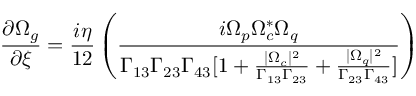
\frac { \partial \Omega _ { g } } { \partial \xi } = \frac { i \eta } { 1 2 } \left( \frac { i \Omega _ { p } \Omega _ { c } ^ { * } \Omega _ { q } } { \Gamma _ { 1 3 } \Gamma _ { 2 3 } \Gamma _ { 4 3 } [ 1 + \frac { | \Omega _ { c } | ^ { 2 } } { \Gamma _ { 1 3 } \Gamma _ { 2 3 } } + \frac { | \Omega _ { q } | ^ { 2 } } { \Gamma _ { 2 3 } \Gamma _ { 4 3 } } ] } \right)